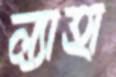
ল্যাহা